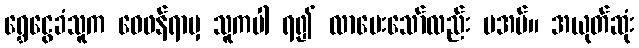
ရွှေငွေခံသူက ဝေဖန်ရာမှ သူကပါ ရ၍ လာပေးသော်လည်း မအပ်။ အယုတ်ဆုံး